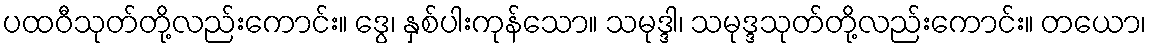
ပထဝီသုတ်တို့လည်းကောင်း။ ဒွေ၊ နှစ်ပါးကုန်သော။ သမုဒ္ဒါ၊ သမုဒ္ဒသုတ်တို့လည်းကောင်း။ တယော၊